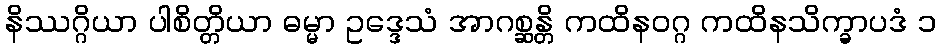
နိဿဂ္ဂိယာ ပါစိတ္တိယာ ဓမ္မာ ဥဒ္ဒေသံ အာဂစ္ဆန္တိ ကထိနဝဂ္ဂ ကထိနသိက္ခာပဒံ ၁